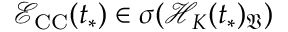
\mathcal { E } _ { \mathrm { C C } } ( t _ { * } ) \in \sigma ( \mathcal { H } _ { K } ( t _ { * } ) _ { \mathfrak { V } } )